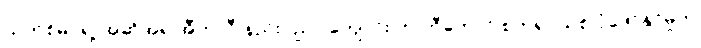
ယက်စ်မင်ရဲ့ အဆိုအရ အီတလီ နည်းပညာ ကျောင်း က တီကောင် စက်ရုပ်သစ် ပုံဖော်နိုင်မှုက